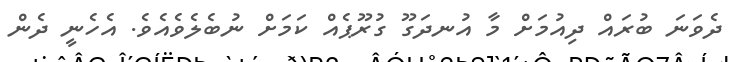
ދެވަނަ ބުރައް ދިއުމަށް މާ އުނދަގޫ ގުރޫޕެއް ކަމަށް ނުބެލެވެއެވެ. އެހެނީ ދެން